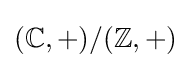
{(\mathbb {C} ,+)}/(\mathbb {Z} ,+)